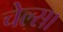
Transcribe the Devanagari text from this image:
चेल्सा